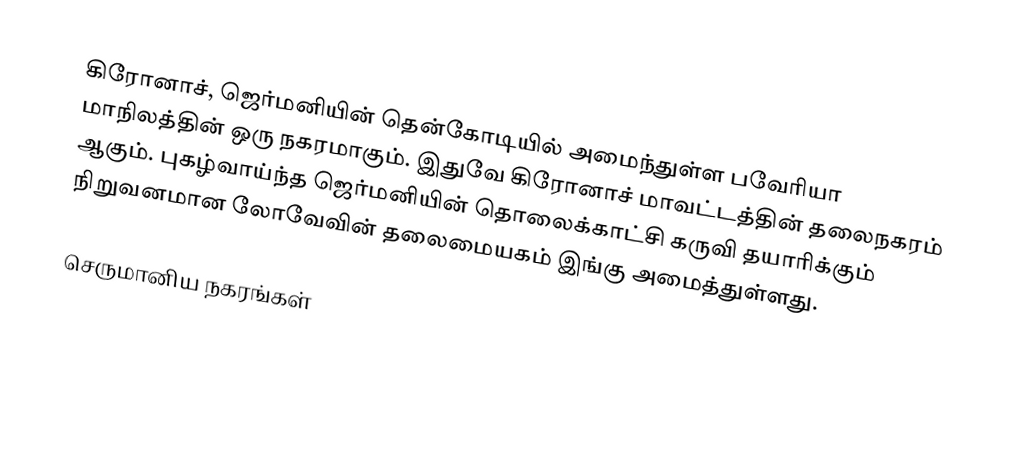
கிரோனாச், ஜெர்மனியின் தென்கோடியில் அமைந்துள்ள பவேரியா மாநிலத்தின் ஒரு நகரமாகும். இதுவே கிரோனாச் மாவட்டத்தின்  தலைநகரம் ஆகும். புகழ்வாய்ந்த ஜெர்மனியின் தொலைக்காட்சி கருவி தயாரிக்கும் நிறுவனமான லோவேவின் தலைமையகம் இங்கு அமைத்துள்ளது.

செருமானிய நகரங்கள்